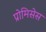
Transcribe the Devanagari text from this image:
प्रोमिसेस